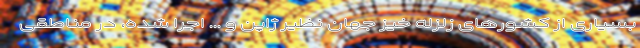
بسیاری از کشورهای زلزله خیز جهان نظیر ژاپن و ... اجرا شده، در مناطقی